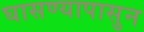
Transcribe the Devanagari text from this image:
घासण्यापासुन